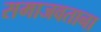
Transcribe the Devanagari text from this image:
समाजवताना